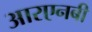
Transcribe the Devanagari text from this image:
आरएनबी